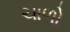
ચાળો